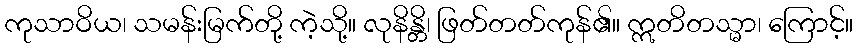
ကုသာဝိယ၊ သမန်းမြက်တို့ ကဲ့သို့။ လုနိန္တိ၊ ဖြတ်တတ်ကုန်၏။ ဣတိတသ္မာ၊ ကြောင့်။